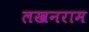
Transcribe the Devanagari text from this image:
लखनराम